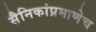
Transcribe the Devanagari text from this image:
सैनिकांप्रमाणेच